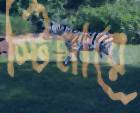
স্টিমারে